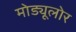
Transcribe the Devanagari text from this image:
मोड्यूलोर